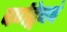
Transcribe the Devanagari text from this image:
वर्णद्वेषचं